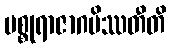
မစ္စုရာဇာဂမိဿတီတိ